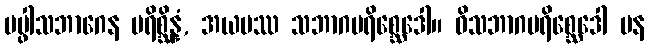
ပပ္ဖါသဘာဂေန ပရိစ္ဆိန္နံ, အယမဿ သဘာဂပရိစ္ဆေဒေါ။ ဝိသဘာဂပရိစ္ဆေဒေါ ပန